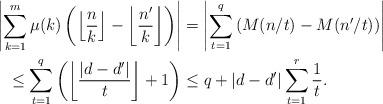
LaTeX: \begin{align*}\left|\sum_{k=1}^m \mu(k) \left(\left\lfloor \frac{n}{k} \right\rfloor - \left\lfloor \frac{n'}{k} \right\rfloor\right)\right| &= \left|\sum_{t=1}^q \left( M(n/t) - M(n'/t) \right)\right|\\\leq \sum_{t=1}^q \left( \left\lfloor \frac{|d-d'|}{t} \right\rfloor +1 \right) &\leq q + |d-d'| \sum_{t=1}^r \frac{1}{t}.\end{align*}